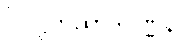
ဝိဝဋ္ဋကထာဒိဝဏ္ဏနာ